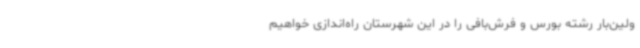
ولین‌بار رشته بورس و فرش‌بافی را در این شهرستان راه‌اندازی خواهیم